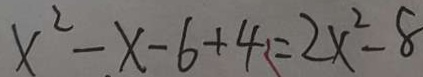
x ^ { 2 } - x - 6 + 4 = 2 x ^ { 2 } - 8